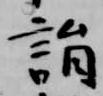
詣